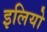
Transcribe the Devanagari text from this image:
इलियो